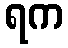
ရက